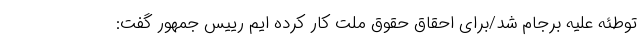
توطئه علیه برجام شد/برای احقاق حقوق ملت کار کرده ایم رییس جمهور گفت: